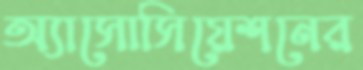
অ্যাসোসিয়েশনের